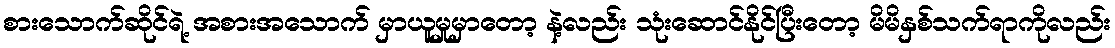
စားသောက်ဆိုင်ရဲ့ အစားအသောက် မှာယူမှုမှာတော့ နဲ့လည်း သုံးဆောင်နိုင်ပြီးတော့ မိမိနှစ်သက်ရာကိုလည်း